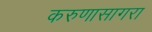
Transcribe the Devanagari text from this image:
करुणासागरा